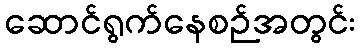
ဆောင်ရွက်နေစဉ်အတွင်း